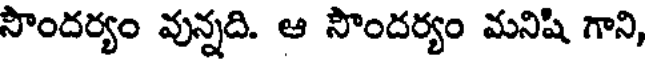
సౌందర్యం వున్నది. ఆ సౌందర్యం మనిషి గాని,